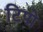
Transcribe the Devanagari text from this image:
टिपो